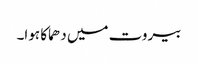
بیروت میں دھماکا ہوا۔